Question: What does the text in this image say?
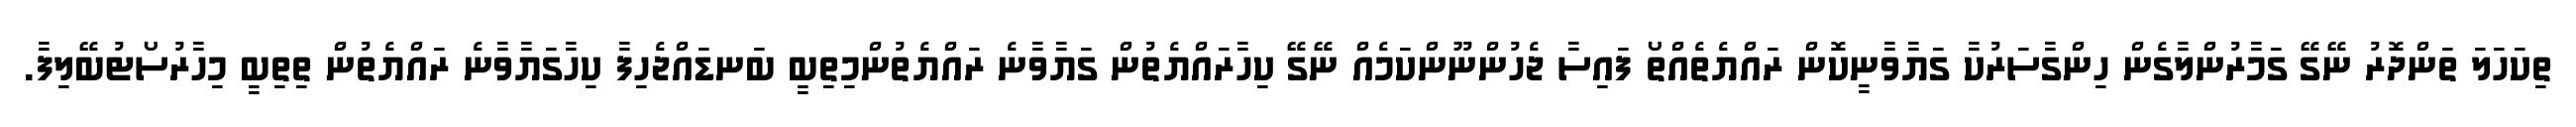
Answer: ތިކަހަލަ ތަންދޮރު ނޭގޭ ގަމާރުންލާގެން ހިންގާސަރުކާ ގަޔާވާނީކޮން ރައްޔެތެއްތޯ ފައިސާ ޖެހުންނޫންކަމެއް ނޭގޭ ކިހާރައްޔެތުން ގަޔާވާނެ ރައްޔެތުންމިތިބީ ބަނޑައްޖެހިފާ ކިހާގަޔާވާނެ ރައްޔެތުން ތިތިބީ މިހާރުސޯޓުބޭލިފާ.